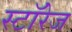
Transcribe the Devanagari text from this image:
स्टॉरेज